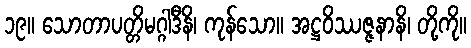
၁၉။ သောတာပတ္တိမဂ္ဂါဒီနိ၊ ကုန်သော။ အဋ္ဌဝိဿဇ္ဇနာနိ၊ တို့ကို။